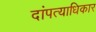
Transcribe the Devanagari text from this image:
दांपत्याधिकार